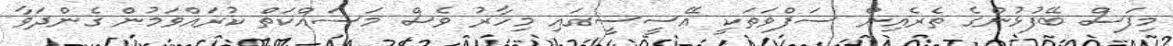
މިފަސް ބޭފުޅުންގެ ތެރެއިން ސަފްވަތަކީ އޭސީސީގައި މިހާރު ވެސް މަސައްކަތް ކުރައްވަމުން ގެންދަވާ